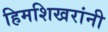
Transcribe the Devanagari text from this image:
हिमशिखरांनी